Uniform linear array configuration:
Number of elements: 48
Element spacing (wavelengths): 0.75
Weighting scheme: exponential
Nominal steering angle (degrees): -30
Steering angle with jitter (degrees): -30.871
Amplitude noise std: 0.05
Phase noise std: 0.05

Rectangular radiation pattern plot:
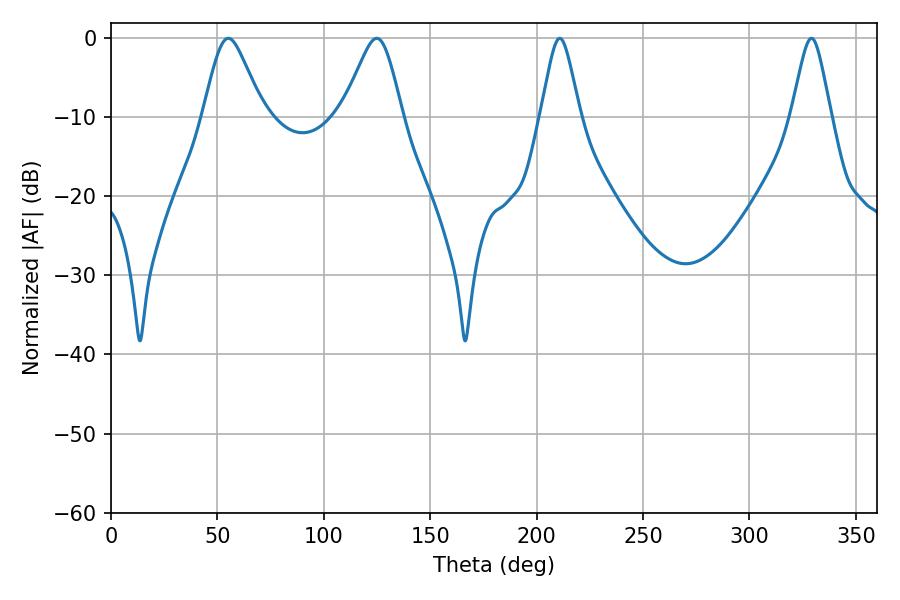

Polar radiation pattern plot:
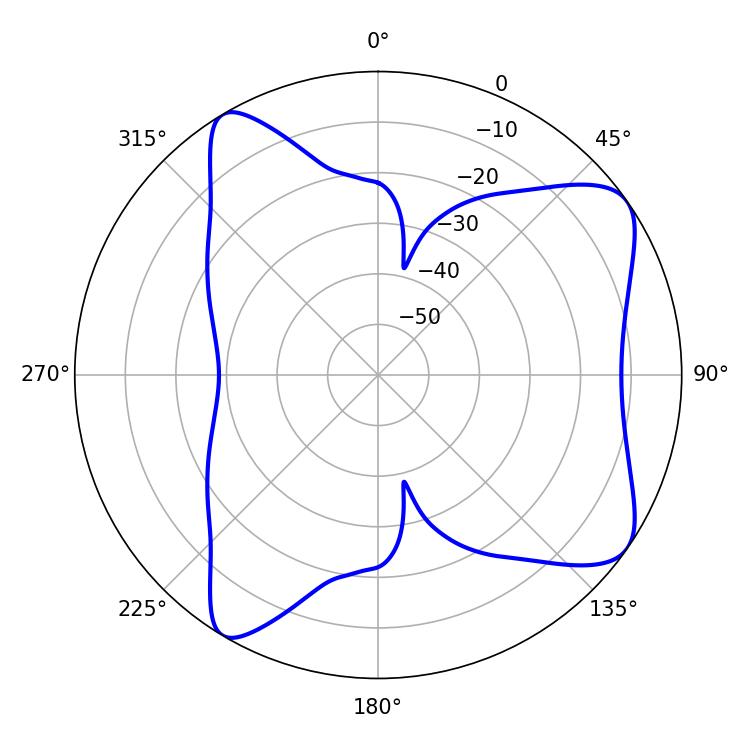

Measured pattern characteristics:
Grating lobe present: TRUE
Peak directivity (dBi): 8.12
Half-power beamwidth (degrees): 13.68
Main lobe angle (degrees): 55.08